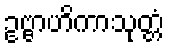
ဥဗ္ဗာဟိကာသုတ္တံ